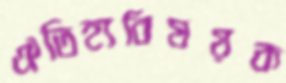
ঐতিহ্যবিষয়ক